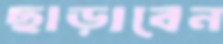
ছাড়াবেন